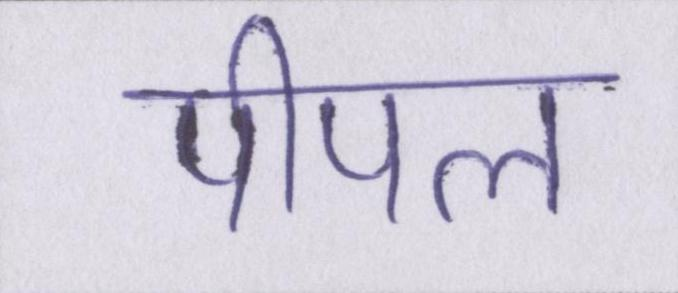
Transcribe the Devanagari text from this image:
पीपल